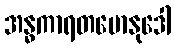
အန္ဓကာရတမောနုဒေါ